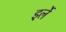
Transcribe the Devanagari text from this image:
इर्ले